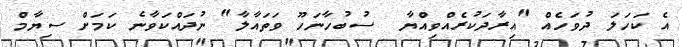
އެ ކަހަލަ ދުވަހެއް "އިރާދަކުރެއްވިއްޔާ  ސުބުހާނަހޫ ވަތައާލާ" ނުދައްކަވާނެ ކަމަށް ސިޔާމް